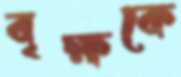
বৃক্ষকে